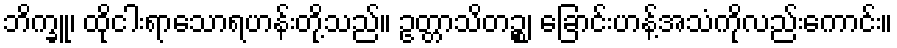
ဘိက္ခူ၊ ထိုငါးရာသောရဟန်းတို့သည်။ ဥတ္တာသိတဉ္စ၊ ခြောင်းဟန့်အသံကိုလည်းကောင်း။